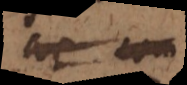
ac com